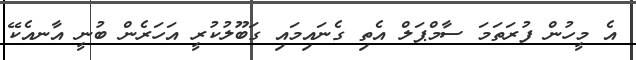
އެ މީހުން ފުރަތަމަ ސާމްޕަލް އެތި ގެނައިމައި ގަބޫލުކުރީ އަހަރެން ބުނީ އާނއެކޭ